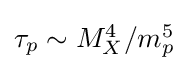
{\textstyle \tau _{p}\sim M_{X}^{4}/m_{p}^{5}}